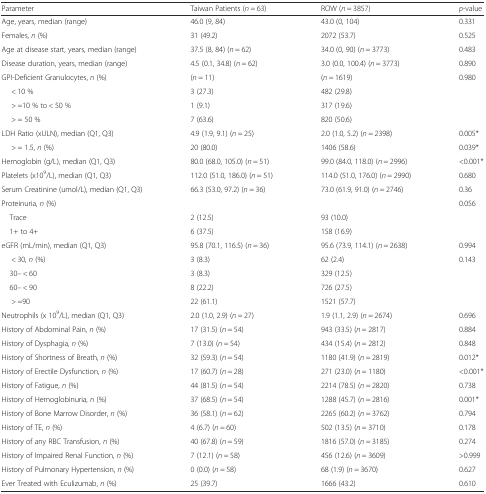
<table><thead><tr><td><b>Parameter</b></td><td><b>Taiwan Patients (<i>n</i> = 63)</b></td><td><b>ROW (<i>n</i> = 3857)</b></td><td><b><i>p</i>-value</b></td></tr></thead><tbody><tr><td>Age, years, median (range)</td><td>46.0 (9, 84)</td><td>43.0 (0, 104)</td><td>0.331</td></tr><tr><td>Females, <i>n</i> (%)</td><td>31 (49.2)</td><td>2072 (53.7)</td><td>0.525</td></tr><tr><td>Age at disease start, years, median (range)</td><td>37.5 (8, 84) (<i>n</i> = 62)</td><td>34.0 (0, 90) (<i>n</i> = 3773)</td><td>0.483</td></tr><tr><td>Disease duration, years, median (range)</td><td>4.5 (0.1, 34.8) (<i>n</i> = 62)</td><td>3.0 (0.0, 100.4) (<i>n</i> = 3773)</td><td>0.890</td></tr><tr><td>GPI-Deficient Granulocytes, <i>n</i> (%)</td><td>(<i>n</i> = 11)</td><td>(<i>n</i> = 1619)</td><td>0.980</td></tr><tr><td>&lt; 10 %</td><td>3 (27.3)</td><td>482 (29.8)</td><td rowspan="3"></td></tr><tr><td>&gt; =10 % to &lt; 50 %</td><td>1 (9.1)</td><td>317 (19.6)</td></tr><tr><td>&gt; = 50 %</td><td>7 (63.6)</td><td>820 (50.6)</td></tr><tr><td>LDH Ratio (xULN), median (Q1, Q3)</td><td>4.9 (1.9, 9.1) (<i>n</i> = 25)</td><td>2.0 (1.0, 5.2) (<i>n</i> = 2398)</td><td>0.005*</td></tr><tr><td>&gt; = 1.5, <i>n</i> (%)</td><td>20 (80.0)</td><td>1406 (58.6)</td><td>0.039*</td></tr><tr><td>Hemoglobin (g/L), median (Q1, Q3)</td><td>80.0 (68.0, 105.0) (<i>n</i> = 51)</td><td>99.0 (84.0, 118.0) (<i>n</i> = 2996)</td><td>&lt;0.001*</td></tr><tr><td>Platelets (x10<sup>9</sup>/L), median (Q1, Q3)</td><td>112.0 (51.0, 186.0) (<i>n</i> = 51)</td><td>114.0 (51.0, 176.0) (<i>n</i> = 2990)</td><td>0.680</td></tr><tr><td>Serum Creatinine (umol/L), median (Q1, Q3)</td><td>66.3 (53.0, 97.2) (<i>n</i> = 36)</td><td>73.0 (61.9, 91.0) (<i>n</i> = 2746)</td><td>0.36</td></tr><tr><td>Proteinuria, <i>n</i> (%)</td><td></td><td></td><td>0.056</td></tr><tr><td> Trace</td><td>2 (12.5)</td><td>93 (10.0)</td><td rowspan="2"></td></tr><tr><td> 1+ to 4+</td><td>6 (37.5)</td><td>158 (16.9)</td></tr><tr><td>eGFR (mL/min), median (Q1, Q3)</td><td>95.8 (70.1, 116.5) (<i>n</i> = 36)</td><td>95.6 (73.9, 114.1) (<i>n</i> = 2638)</td><td>0.994</td></tr><tr><td>&lt; 30, <i>n</i> (%)</td><td>3 (8.3)</td><td>62 (2.4)</td><td rowspan="4">0.143</td></tr><tr><td> 30– &lt; 60</td><td>3 (8.3)</td><td>329 (12.5)</td></tr><tr><td> 60– &lt; 90</td><td>8 (22.2)</td><td>726 (27.5)</td></tr><tr><td>&gt; =90</td><td>22 (61.1)</td><td>1521 (57.7)</td></tr><tr><td>Neutrophils (x 10<sup>9</sup>/L), median (Q1, Q3)</td><td>2.0 (1.0, 2.9) (<i>n</i> = 27)</td><td>1.9 (1.1, 2.9) (<i>n</i> = 2674)</td><td>0.696</td></tr><tr><td>History of Abdominal Pain, <i>n</i> (%)</td><td>17 (31.5) (<i>n</i> = 54)</td><td>943 (33.5) (<i>n</i> = 2817)</td><td>0.884</td></tr><tr><td>History of Dysphagia, <i>n</i> (%)</td><td>7 (13.0) (<i>n</i> = 54)</td><td>434 (15.4) (<i>n</i> = 2812)</td><td>0.848</td></tr><tr><td>History of Shortness of Breath, <i>n</i> (%)</td><td>32 (59.3) (<i>n</i> = 54)</td><td>1180 (41.9) (<i>n</i> = 2819)</td><td>0.012*</td></tr><tr><td>History of Erectile Dysfunction, <i>n</i> (%)</td><td>17 (60.7) (<i>n</i> = 28)</td><td>271 (23.0) (<i>n</i> = 1180)</td><td>&lt;0.001*</td></tr><tr><td>History of Fatigue, <i>n</i> (%)</td><td>44 (81.5) (<i>n</i> = 54)</td><td>2214 (78.5) (<i>n</i> = 2820)</td><td>0.738</td></tr><tr><td>History of Hemoglobinuria, <i>n</i> (%)</td><td>37 (68.5) (<i>n</i> = 54)</td><td>1288 (45.7) (<i>n</i> = 2816)</td><td>0.001*</td></tr><tr><td>History of Bone Marrow Disorder, <i>n</i> (%)</td><td>36 (58.1) (<i>n</i> = 62)</td><td>2265 (60.2) (<i>n</i> = 3762)</td><td>0.794</td></tr><tr><td>History of TE, <i>n</i> (%)</td><td>4 (6.7) (<i>n</i> = 60)</td><td>502 (13.5) (<i>n</i> = 3710)</td><td>0.178</td></tr><tr><td>History of any RBC Transfusion, <i>n</i> (%)</td><td>40 (67.8) (<i>n</i> = 59)</td><td>1816 (57.0) (<i>n</i> = 3185)</td><td>0.274</td></tr><tr><td>History of Impaired Renal Function, <i>n</i> (%)</td><td>7 (12.1) (<i>n</i> = 58)</td><td>456 (12.6) (<i>n</i> = 3609)</td><td>&gt;0.999</td></tr><tr><td>History of Pulmonary Hypertension, <i>n</i> (%)</td><td>0 (0.0) (<i>n</i> = 58)</td><td>68 (1.9) (<i>n</i> = 3670)</td><td>0.627</td></tr><tr><td>Ever Treated with Eculizumab, <i>n</i> (%)</td><td>25 (39.7)</td><td>1666 (43.2)</td><td>0.610</td></tr></tbody></table>